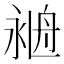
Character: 𦨺